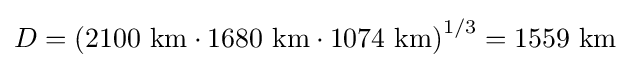
D=\left(2100~{\text{km}}\cdot 1680~{\text{km}}\cdot 1074~{\text{km}}\right)^{1/3}=1559~{\text{km}}